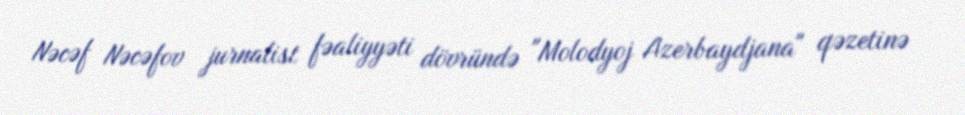
Nəcəf Nəcəfov jurnalist fəaliyyəti dövründə "Molodyoj Azerbaydjana" qəzetinə